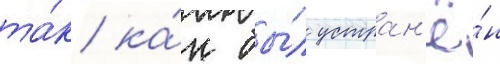
та́к ка́к бы́л устран'ё́н